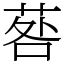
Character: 䓘